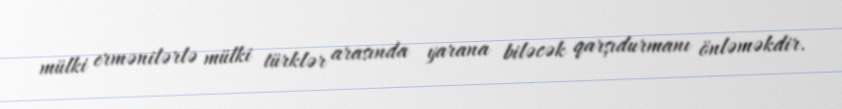
mülki ermənilərlə mülki türklər arasında yarana biləcək qarşıdurmanı önləməkdir.